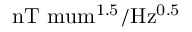
\mathrm { n T \ m u m ^ { 1 . 5 } / H z ^ { 0 . 5 } }